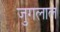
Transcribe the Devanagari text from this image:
जुगलाल